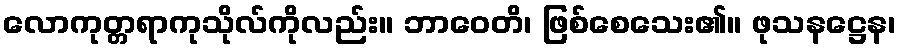
လောကုတ္တရာကုသိုလ်ကိုလည်း။ ဘာဝေတိ၊ ဖြစ်စေသေး၏။ ဖုသနဋ္ဌေန၊